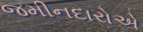
જમીનદારોએ